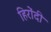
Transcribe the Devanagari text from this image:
हिरोंदी